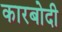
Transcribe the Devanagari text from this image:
कारबोदी